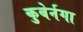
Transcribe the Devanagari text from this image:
कुबेर्नगा